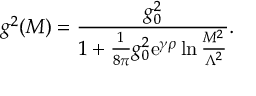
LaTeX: g ^ { 2 } ( M ) = { \frac { g _ { 0 } ^ { 2 } } { 1 + { \frac { 1 } { 8 \pi } } g _ { 0 } ^ { 2 } \mathrm { e } ^ { \gamma \rho } \ln { \frac { M ^ { 2 } } { \Lambda ^ { 2 } } } } } .